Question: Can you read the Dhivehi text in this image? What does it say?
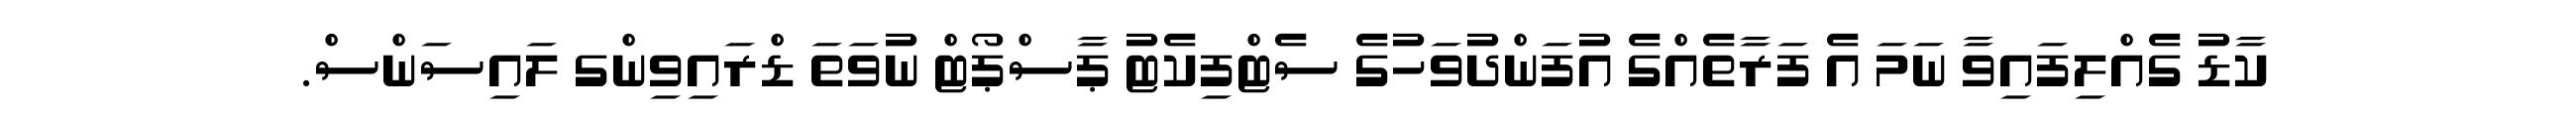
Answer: ކާޑު ގެއްލިފައިވާ ނަމަ އެ ފަރާތެއްގެ އުފަންދުވަހުގެ ސެޓްފިކެޓު ޕާސްޕޯޓް ނުވަތަ ޑްރައިވިންގ ލައިސަންސް.